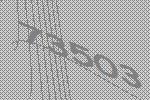
73503